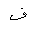
Letter: _fa